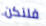
فلنكن